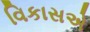
વિકાસએ